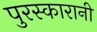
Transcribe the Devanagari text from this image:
पुरस्कारानी